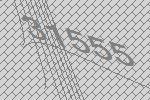
31555